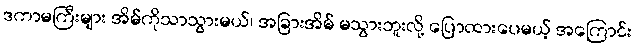
ဒကာမကြီးများ အိမ်ကိုသာသွားမယ်၊ အခြားအိမ် မသွားဘူးလို့ ပြောထားပေမယ့် အကြောင်း